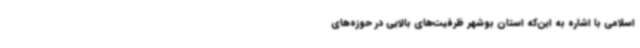
اسلامی با اشاره به این‌که استان بوشهر ظرفیت‌های بالایی در حوزه‌های